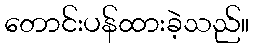
တောင်းပန်ထားခဲ့သည်။